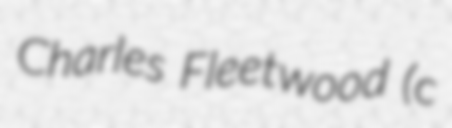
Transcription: Charles Fleetwood (c